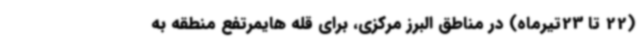
(22 تا 23تیرماه) در مناطق البرز مرکزی، برای قله هایمرتفع منطقه به